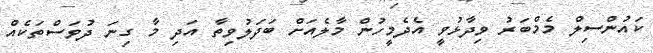
ކައުންސިލް މެމްބަރު ވިދާޅުވީ އެދެމީހުން މާލެއަށް ބަދަލުވިތާ އަދި މާ ގިނަ ދުވަސްތަކެއް